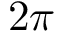
2 \pi